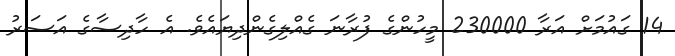
14 ގައުމަށް އަރާ 230000 މީހުންގެ ފުރާނަ ގެއްލިގެންދިޔައެވެ. އެ ހާދިސާގެ އަސަރު